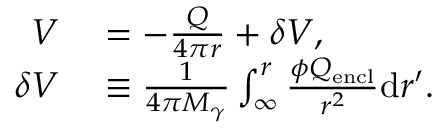
\begin{array} { r l } { V } & { { } = - \frac { Q } { 4 \pi r } + \delta V , } \\ { \delta V } & { { } \equiv \frac { 1 } { 4 \pi M _ { \gamma } } \int _ { \infty } ^ { r } \frac { \phi Q _ { \mathrm { e n c l } } } { r ^ { 2 } } \mathrm { d } r ^ { \prime } . } \end{array}